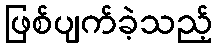
ဖြစ်ပျက်ခဲ့သည့်